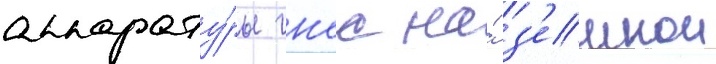
аппарату́ры гнсс на́ з'емнои